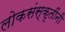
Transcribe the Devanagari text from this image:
लोकसंस्कृतींनी